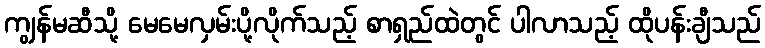
ကျွန်မဆီသို့ မေမေလှမ်းပို့လိုက်သည့် စာရှည်ထဲတွင် ပါလာသည့် ထိုပန်းချီသည်